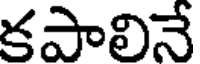
కపాలినే